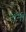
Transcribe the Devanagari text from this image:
रॉंनी